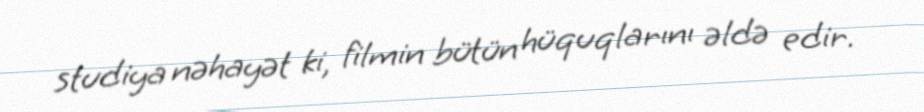
studiya nəhayət ki, filmin bütün hüquqlarını əldə edir.